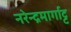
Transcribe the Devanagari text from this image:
नरेन्द्रमार्गाट्ट